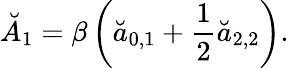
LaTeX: \breve{A}_{1}=\beta\left(\breve{a}_{0,1}+\frac 12\breve{a}_{2,2}\right).